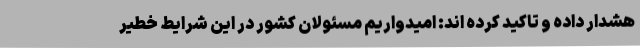
هشدار داده و تاکید کرده اند: امیدواریم مسئولان کشور در این شرایط خطیر